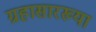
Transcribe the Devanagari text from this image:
ग्रहासारख्या